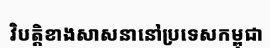
វិបត្តិខាងសាសនានៅប្រទេសកម្ពុជា